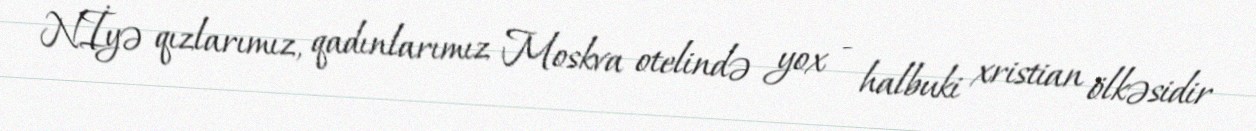
Nİyə qızlarımız, qadınlarımız Moskva otelində yox - halbuki xristian ölkəsidir